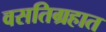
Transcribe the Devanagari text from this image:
वसतिग्रहात